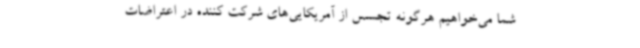
شما می‌خواهیم هرگونه تجسس از آمریکایی‌های شرکت کننده در اعتراضات